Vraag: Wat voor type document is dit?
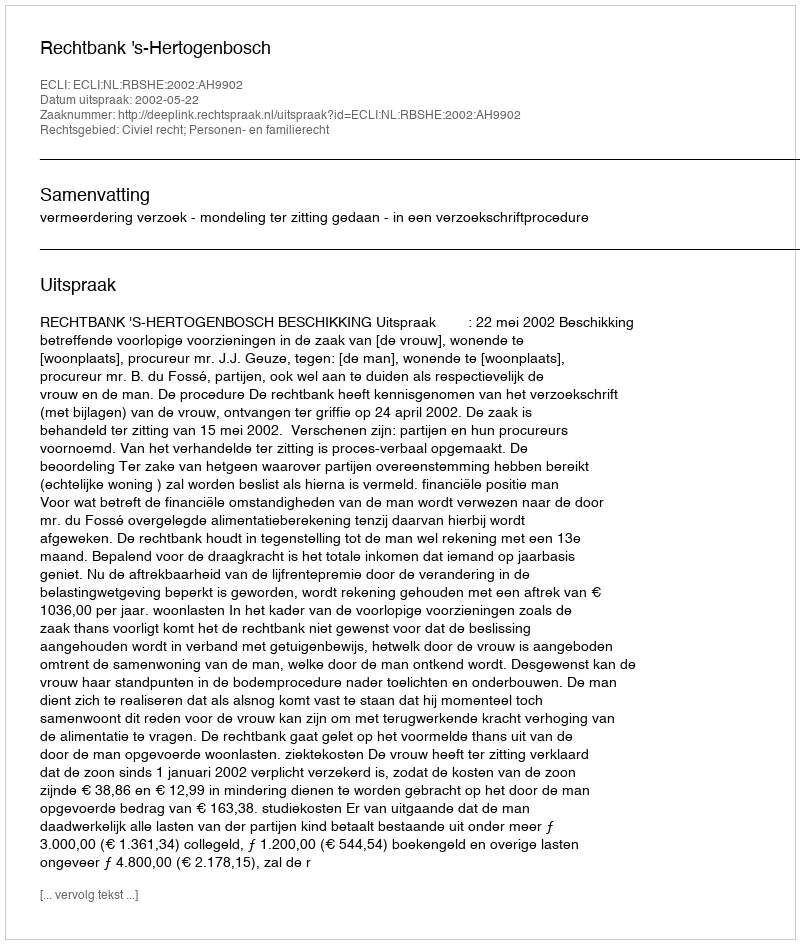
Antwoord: Uitspraak